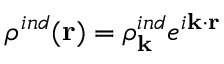
\rho ^ { i n d } ( { \bf r } ) = \rho _ { \bf k } ^ { i n d } e ^ { i { \bf k } \cdot { \bf r } }